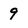
Character: 9